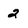
Character: 2